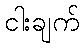
ငါးချက်